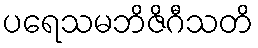
ပရေသမဘိဇိဂီသတိ